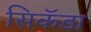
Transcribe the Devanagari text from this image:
सिकॅडा